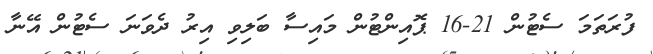
ފުރަތަމަ ސެޓުން 21-16 ޕޮއިންޓުން މައިސާ ބަލިވި އިރު ދެވަނަ ސެޓުން އޭނާ